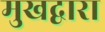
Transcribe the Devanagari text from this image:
मुखद्वारा